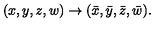
( x , y , z , w ) \to ( \bar { x } , \bar { y } , \bar { z } , \bar { w } ) .